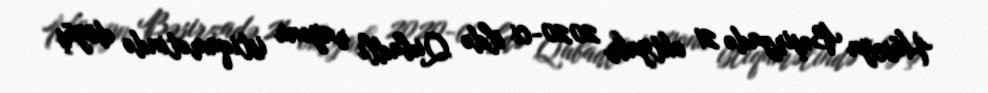
Hüseyn Bəşirzadə 21 oktyabr 2020-ci ildə Qubadlı rayonu istiqamətində döyüş